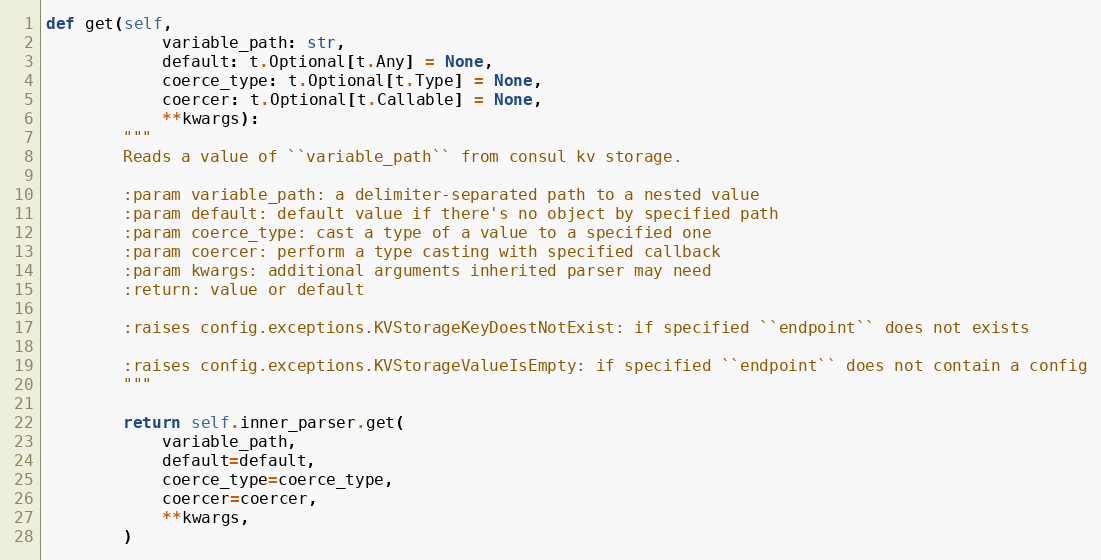
Language: Python
def get(self,
            variable_path: str,
            default: t.Optional[t.Any] = None,
            coerce_type: t.Optional[t.Type] = None,
            coercer: t.Optional[t.Callable] = None,
            **kwargs):
        """
        Reads a value of ``variable_path`` from consul kv storage.

        :param variable_path: a delimiter-separated path to a nested value
        :param default: default value if there's no object by specified path
        :param coerce_type: cast a type of a value to a specified one
        :param coercer: perform a type casting with specified callback
        :param kwargs: additional arguments inherited parser may need
        :return: value or default

        :raises config.exceptions.KVStorageKeyDoestNotExist: if specified ``endpoint`` does not exists

        :raises config.exceptions.KVStorageValueIsEmpty: if specified ``endpoint`` does not contain a config
        """

        return self.inner_parser.get(
            variable_path,
            default=default,
            coerce_type=coerce_type,
            coercer=coercer,
            **kwargs,
        )